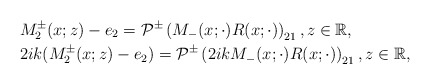
\begin{align*}&M^{\pm}_2(x ; z)-e_{2}=\mathcal{P}^{\pm}\left(M_{-}(x ; \cdot) R(x ; \cdot)\right)_{21} , z \in \mathbb{R},\\&2ik(M^{\pm}_2(x ; z)-e_{2})=\mathcal{P}^{\pm}\left(2ikM_-(x ; \cdot) R(x ; \cdot)\right)_{21} , z \in \mathbb{R},\end{align*}